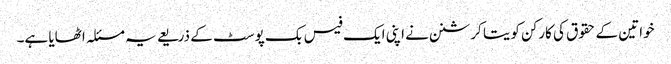
خواتین کے حقوق کی کارکن کویتا کرشنن نے اپنی ایک فیس بک پوسٹ کے ذریعے یہ مسئلہ اٹھایا ہے۔